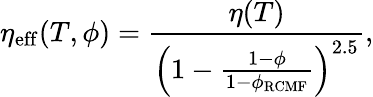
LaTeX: \eta_{\mathrm{eff}}(T,\phi)=\frac{\eta(T)}{\left(1-\frac{1-\phi}{1-\phi_{\mathrm{RCMF}}}\right)^{2.5}},